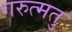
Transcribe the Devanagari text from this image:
गरुत्मतु